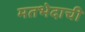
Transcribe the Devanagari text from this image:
मतभेदाची